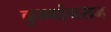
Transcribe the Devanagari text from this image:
कुम्गांगसन